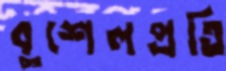
বুশেলপ্রতি